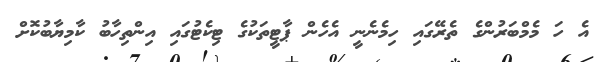
އެ ހަ މެމްބަރުންގެ ތެރޭގައި ހިމެނެނީ އެހެން ޕާޓީތަކުގެ ޓިކެޓުގައި އިންތިހާބު ކާމިޔާބުކޮށް